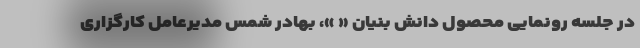
در جلسه رونمایی محصول دانش بنیان « »، بهادر شمس مدیرعامل کارگزاری